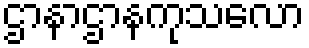
ဌာနာဌာနကုသလော